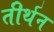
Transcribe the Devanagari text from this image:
तीर्थन